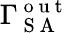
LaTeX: \Gamma_{\mathrm{~S~A~}}^{\mathrm{~o~u~t~}}